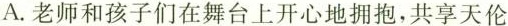
A.老师和孩子们在舞台上开心地拥抱，共享天伦